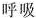
呼吸